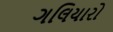
ગલિયારો